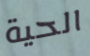
الحية